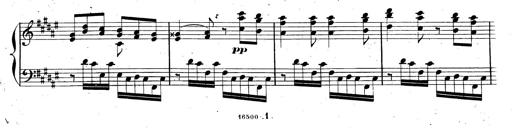
Title: AnnÃ©es de pÃ¨lerinage II, SupplÃ©ment
Composer: Franz Liszt